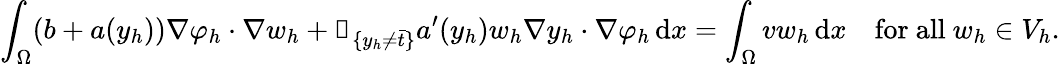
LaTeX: \int_{\Omega}(b+a(y_{h}))\nabla\varphi_{h}\cdot\nabla w_{h}+\mathbb{1}_{\{ y_{h}\neq\bar{t}\} }a^{\prime}(y_{h})w_{h}\nabla y_{h}\cdot\nabla\varphi_{h}\, \mathrm{d}x=\int_{\Omega}vw_{h}\, \mathrm{d}x\quad\mathrm{for~all~}w_{h}\in V_{h}.